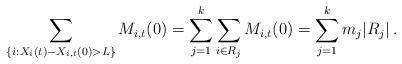
LaTeX: \begin{align*}\sum_{\{i:X_i(t)-X_{i,t}(0)> L\}} M_{i,t}(0) = \sum_{j=1}^k \sum_{i \in R_j} M_{i,t}(0) = \sum_{j=1}^k m_j |R_j|\, .\end{align*}